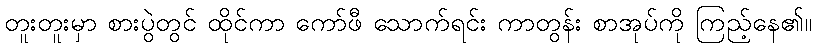
တူးတူးမှာ စားပွဲတွင် ထိုင်ကာ ကော်ဖီ သောက်ရင်း ကာတွန်း စာအုပ်ကို ကြည့်နေ၏။